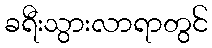
ခရီးသွားလာရာတွင်